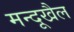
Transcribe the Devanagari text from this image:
मन्दूखैल